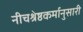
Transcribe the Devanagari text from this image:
नीचश्रेष्ठकर्मानुसारी